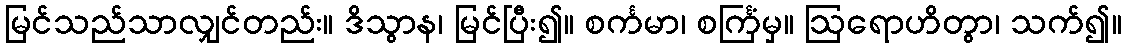
မြင်သည်သာလျှင်တည်း။ ဒိသွာန၊ မြင်ပြီး၍။ စင်္ကမာ၊ စင်္ကြံမှ။ ဩရောဟိတွာ၊ သက်၍။